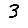
Digit: 3